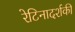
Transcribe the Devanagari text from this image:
रेटिनादर्शकी